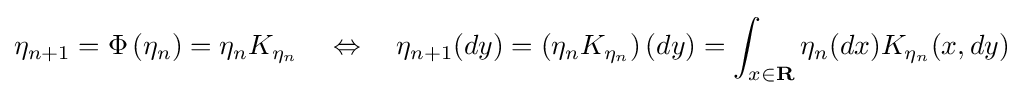
\eta _{n+1}=\Phi \left(\eta _{n}\right)=\eta _{n}K_{\eta _{n}}\quad \Leftrightarrow \quad \eta _{n+1}(dy)=\left(\eta _{n}K_{\eta _{n}}\right)(dy)=\int _{x\in \mathbf {R} }\eta _{n}(dx)K_{\eta _{n}}(x,dy)